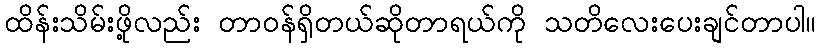
ထိန်းသိမ်းဖို့လည်း တာဝန်ရှိတယ်ဆိုတာရယ်ကို သတိလေးပေးချင်တာပါ။